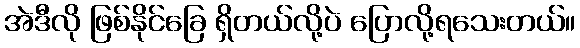
အဲဒီလို ဖြစ်နိုင်ခြေ ရှိတယ်လို့ပဲ ပြောလို့ရသေးတယ်။